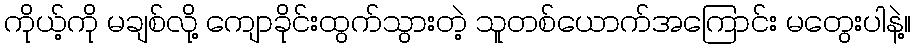
ကိုယ့်ကို မချစ်လို့ ကျောခိုင်းထွက်သွားတဲ့ သူတစ်ယောက်အကြောင်း မတွေးပါနဲ့။